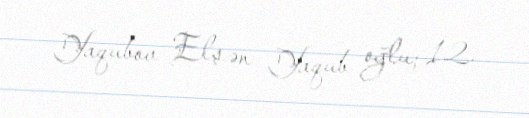
Yaqubov Elşən Yaqub oğlu; 12.